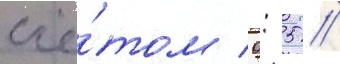
счё́том 0: 5 //